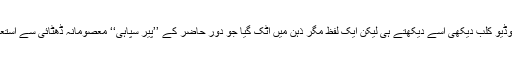
ہفتے کی شب جو وڈیو کلب دیکھی اسے دیکھتے ہی لیکن ایک لفظ مگر ذہن میں اٹک گیا جو دورِ حاضر کے ’’پیر سپاہی‘‘ معصومانہ ڈھٹائی سے استعمال کررہے تھے۔